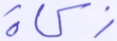
زكاة